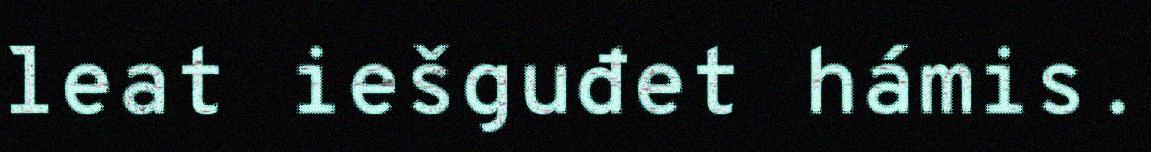
leat iešguđet hámis.